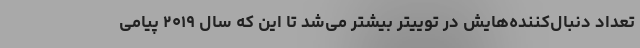
تعداد دنبال‌کننده‌هایش در توییتر بیشتر می‌شد تا این که سال ۲۰۱۹ پیامی